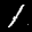
Label: 1